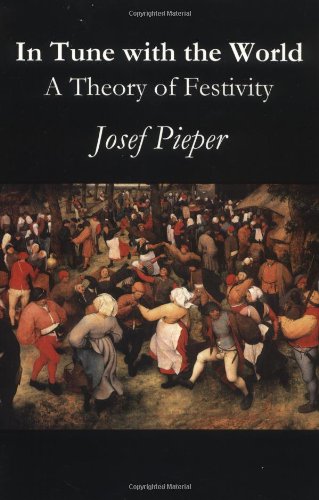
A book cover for In Tune With The World; Josef Pieper; Politics & Social Sciences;